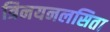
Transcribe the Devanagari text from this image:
त्रिनयनलसिता